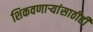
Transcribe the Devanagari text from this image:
शिकवणार्‍यांसाठीही